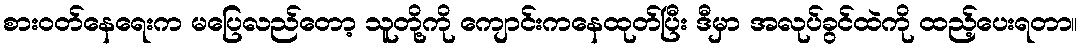
စားဝတ်နေရေးက မပြေလည်တော့ သူတို့ကို ကျောင်းကနေထုတ်ပြီး ဒီမှာ အလုပ်ခွင်ထဲကို ထည့်ပေးရတာ။